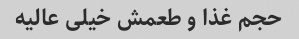
حجم غذا و طعمش خیلی عالیه